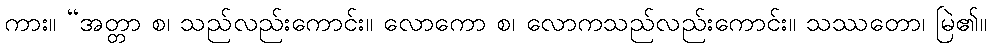
ကား။ “အတ္တာ စ၊ သည်လည်းကောင်း။ လောကော စ၊ လောကသည်လည်းကောင်း။ သဿတော၊ မြဲ၏။